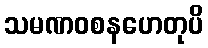
သမဏဝစနဟေတုပိ